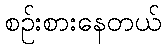
စဉ်းစားနေတယ်